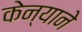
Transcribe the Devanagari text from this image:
केन्याने